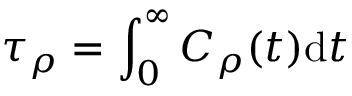
\tau _ { \rho } = \int _ { 0 } ^ { \infty } C _ { \rho } ( t ) \mathrm { d } t